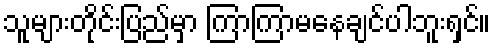
သူများတိုင်းပြည်မှာ ကြာကြာမနေချင်ပါဘူးရှင်။